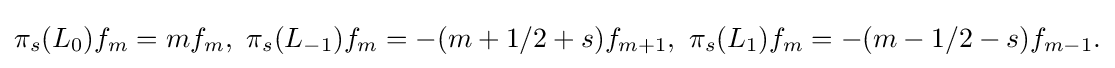
\displaystyle {\pi _{s}(L_{0})f_{m}=mf_{m},\,\,\pi _{s}(L_{-1})f_{m}=-(m+1/2+s)f_{m+1},\,\,\pi _{s}(L_{1})f_{m}=-(m-1/2-s)f_{m-1}.}